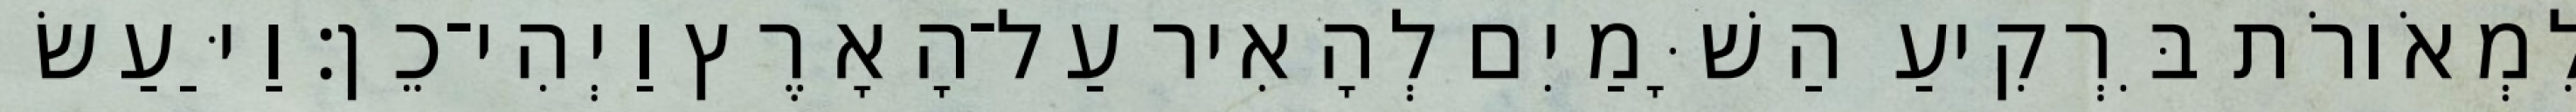
לִמְאֹורֹת בִּרְקִיעַ הַשָּׁמַיִם לְהָאִיר עַל־הָאָרֶץ וַיְהִי־כֵן׃ וַיַּעַשׂ